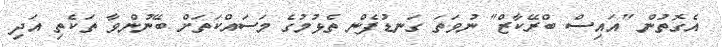
އެގޮތުން "އައިސް ބްރޭކާޒް" ނުވަތަ ގަނޑުފެން ތެޅުމުގެ މަސައްކަތަށް ބޭނުންވާ ތަކެތި އަދި